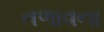
તળાવના